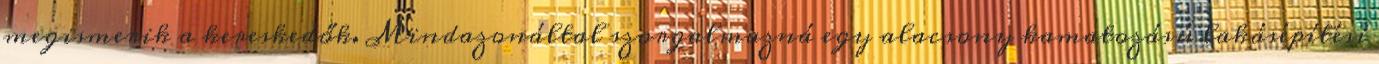
megismerik a kereskedők. Mindazonáltal szorgalmazná egy alacsony kamatozású lakásépítési